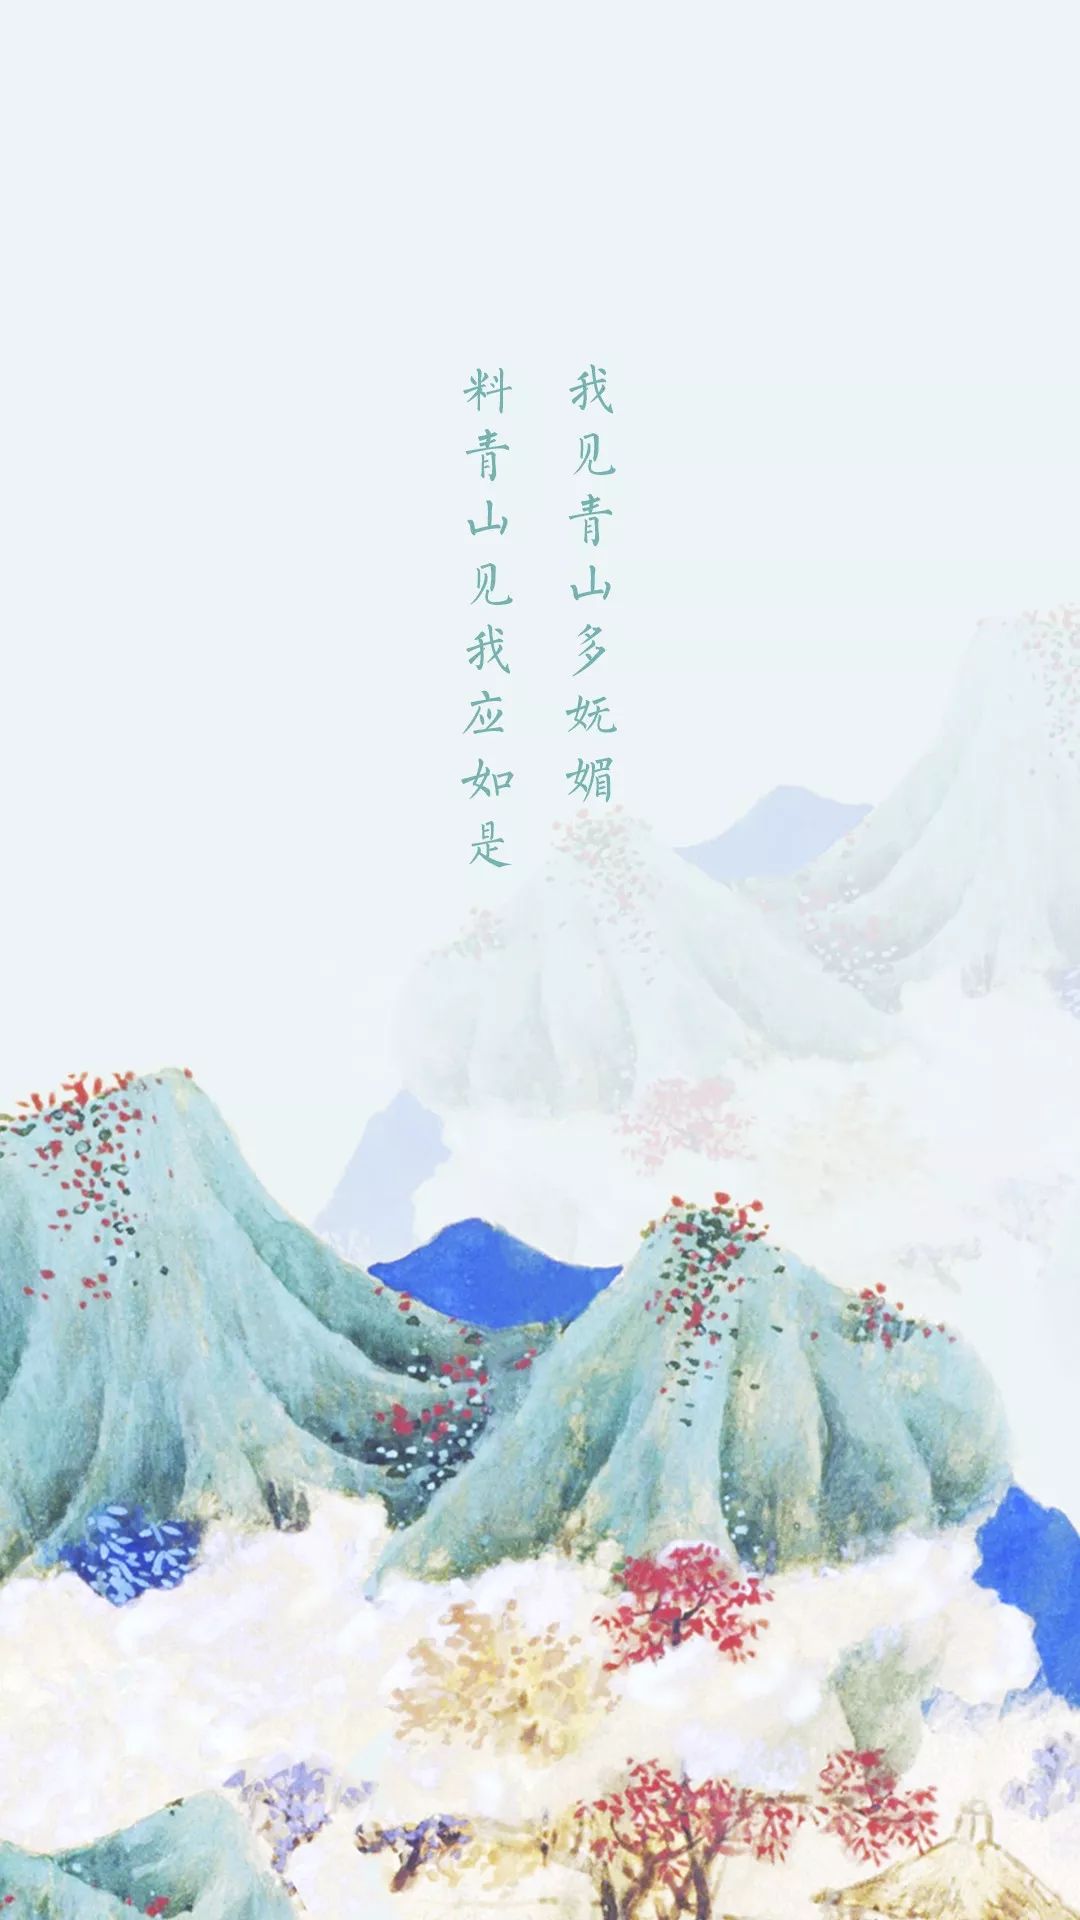
我见青山多妩媚，料青山见我应如是。